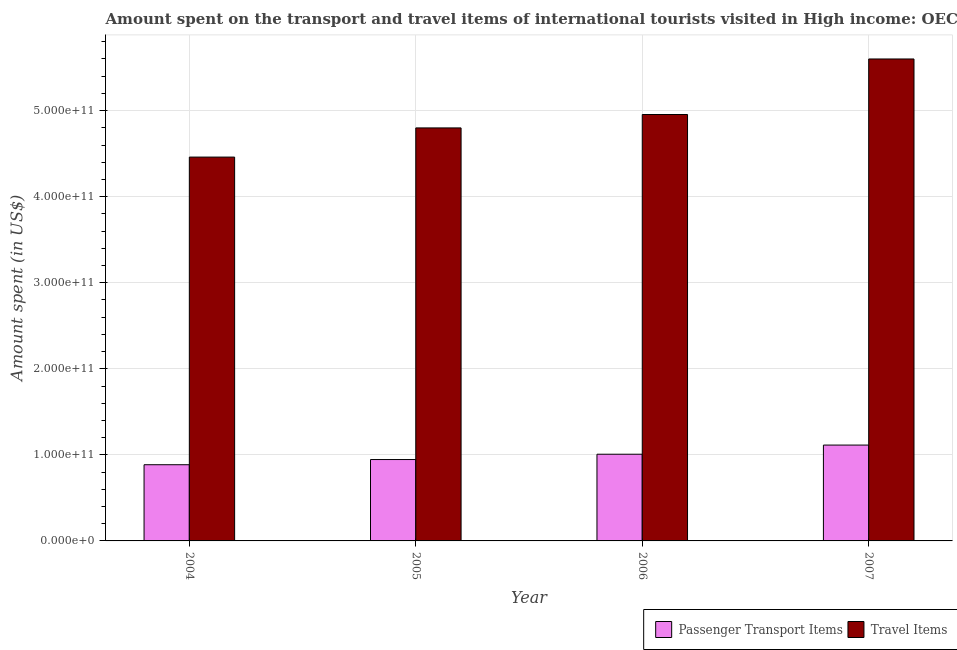
| Year | Passenger Transport Items | Travel Items |
 | --- | --- | --- |
 | 2004 | 8.85e+10 | 4.46e+11 |
 | 2005 | 9.46e+10 | 4.8e+11 |
 | 2006 | 1.01e+11 | 4.95e+11 |
 | 2007 | 1.11e+11 | 5.6e+11 |